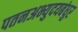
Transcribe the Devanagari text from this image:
पतनअभ्युदयबंधुर